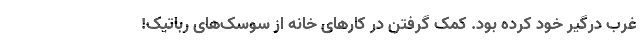
غرب درگیر خود کرده بود. کمک گرفتن در کارهای خانه از سوسک‌های رباتیک!